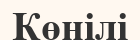
Көңілі